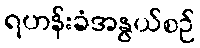
ရဟန်းခံအနွယ်စဉ်